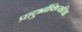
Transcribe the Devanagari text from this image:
प्रादुर्भाविष्यति।।